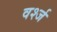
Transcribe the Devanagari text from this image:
वर्श्ज